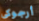
أرجوكى